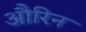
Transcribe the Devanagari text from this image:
औरिन